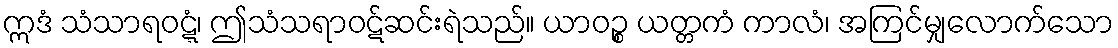
ဣဒံ သံသာရဝဋ္ဋံ၊ ဤသံသရာဝဋ်ဆင်းရဲသည်။ ယာဝဉ္စ ယတ္တကံ ကာလံ၊ အကြင်မျှလောက်သော